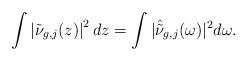
LaTeX: \begin{align*}\int \left| \tilde{\nu}_{g,j}(z)\right|^2dz=\int |\hat{\tilde{\nu}}_{g,j}(\omega)|^2d\omega.\end{align*}